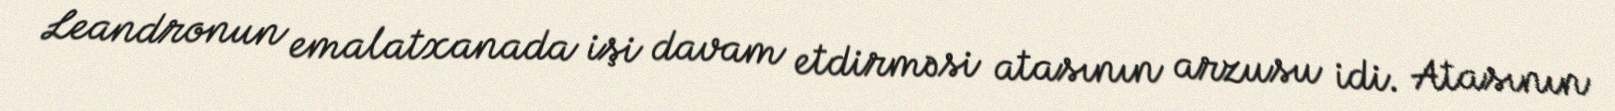
Leandronun emalatxanada işi davam etdirməsi atasının arzusu idi. Atasının